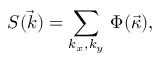
S ( \vec { k } ) = \sum _ { k _ { x } , k _ { y } } \, \Phi ( \vec { \kappa } ) ,